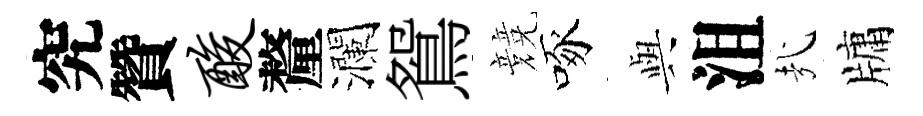
究贊酸釐瀾鴛競啄𫤰沮㢤牗